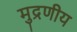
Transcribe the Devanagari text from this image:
मुद्रणीय